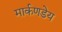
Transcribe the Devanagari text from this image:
मार्कणडेय